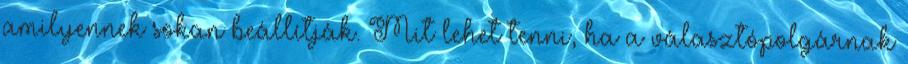
amilyennek sokan beállítják. Mit lehet tenni, ha a választópolgárnak